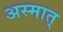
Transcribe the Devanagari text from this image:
अस्मात्‌